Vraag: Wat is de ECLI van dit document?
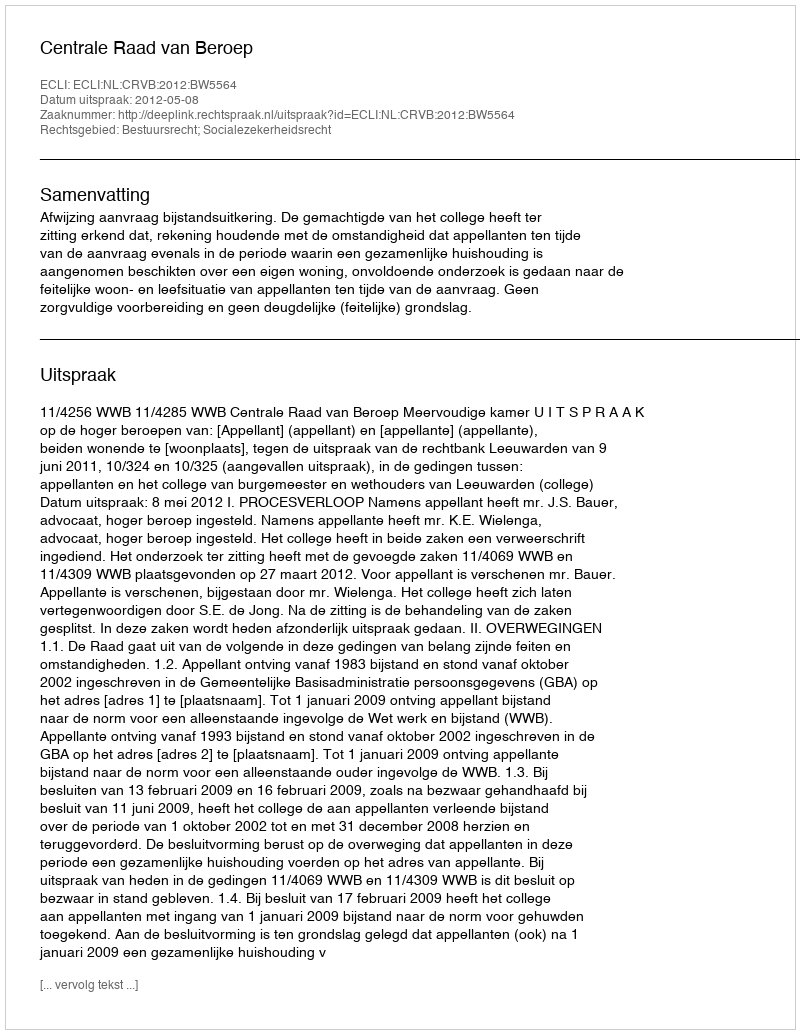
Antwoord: ECLI:NL:CRVB:2012:BW5564